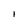
Character: l